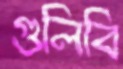
গুলিবি